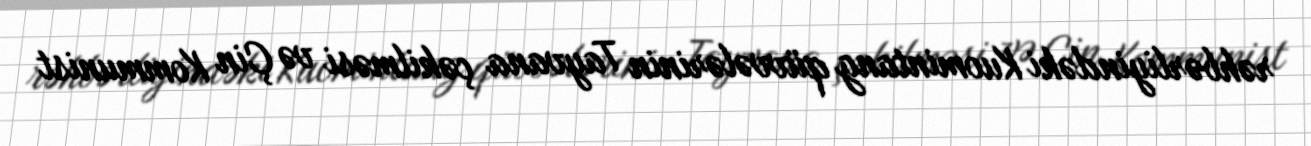
rəhbərliyindəki Kuomintang qüvvələrinin Tayvana çəkilməsi və Çin Kommunist